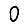
Digit: 0